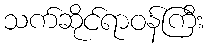
သက်ဆိုင်ရာဝန်ကြီး